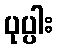
ပုပ္ပါး